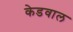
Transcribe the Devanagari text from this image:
केडवाल